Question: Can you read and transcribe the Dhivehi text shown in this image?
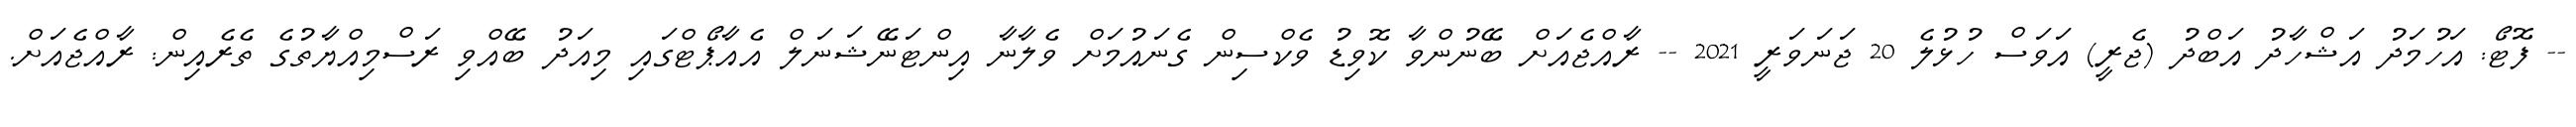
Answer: -- ފޮޓޯ: އަހުމަދު އަޝްހާދު އަބްދު (ޖެރީ) އަވަސް ހުޅުލެ 20 ޖަނަވަރީ 2021 -- ރާއްޖެއަށް ބޭނުންވާ ކޮވިޑު ވެކްސިން ގެނައުމަށް ވެލާނާ އިންޓަނޭޝަނަލް އެއާޕޯޓްގައި މިއަދު ބޭއްވި ރަސްމިއްޔާތުގެ ތެރެއިން: ރާއްޖެއަށް.